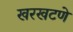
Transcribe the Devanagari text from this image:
खरखटणे